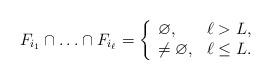
LaTeX: \begin{align*}F_{i_1}\cap\ldots\cap F_{i_\ell} = \left\{\begin{array}{lc}\varnothing, & \ell > L,\\ \neq \varnothing, & \ell \le L.\end{array}\right.\end{align*}